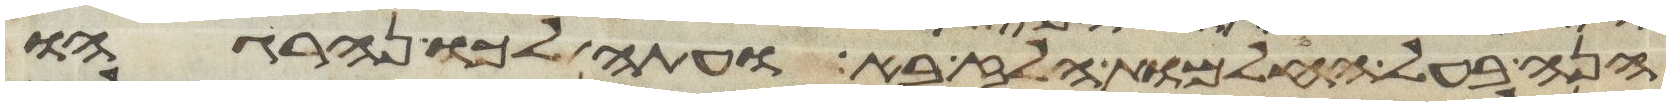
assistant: הנה בעל החלמות הלז בא ועתה לכו ונהרגהו